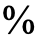
%